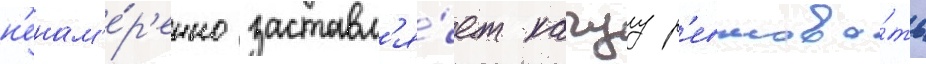
н'енам'е́р'енно заставл'я́ет кагуу р'евнова́ть